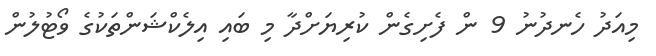
މިއަދު ހެނދުނު 9 ން ފެށިގެން ކުރިޔަށްދާ މި ބައި އިލެކްޝަންތަކުގެ ވޯޓުލުން